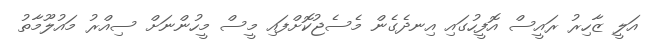
އަލީ ޒާހިރު ރައީސް އޮފީހުގައި އިނދެގެން މެސެޖުކޮށްފައި މީސް މީހުންނަށް ސިއްރު މައުލޫމާތު